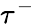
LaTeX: \tau^{-}